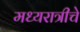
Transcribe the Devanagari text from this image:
मध्यरात्रीचे